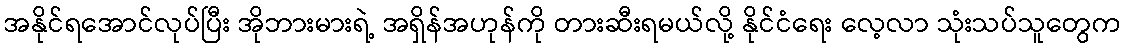
အနိုင်ရအောင်လုပ်ပြီး အိုဘားမားရဲ့ အရှိန်အဟုန်ကို တားဆီးရမယ်လို့ နိုင်ငံရေး လေ့လာ သုံးသပ်သူတွေက